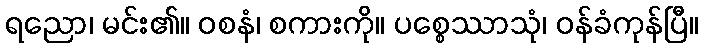
ရညော၊ မင်း၏။ ဝစနံ၊ စကားကို။ ပစ္စေဿာသုံ၊ ဝန်ခံကုန်ပြီ။